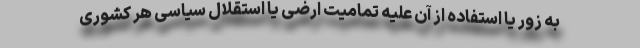
به زور یا استفاده از آن علیه تمامیت ارضی یا استقلال سیاسی هر کشوری